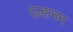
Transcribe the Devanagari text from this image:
एल्हानन